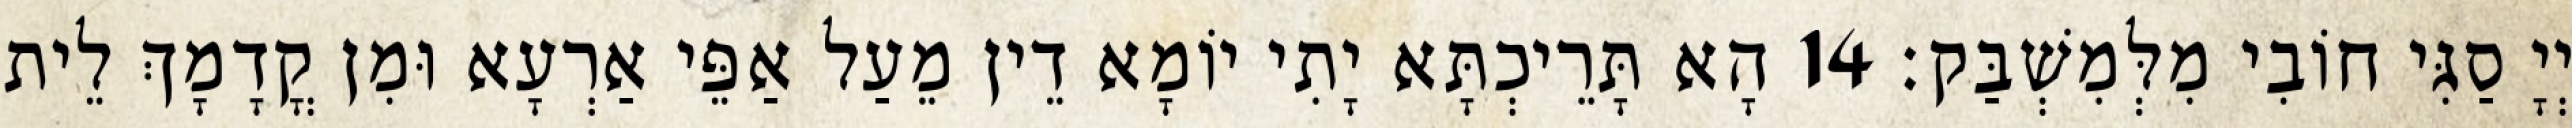
יְיָ סַגִּי חוֹבִי מִלְּמִשְׁבַּק׃ 14 הָא תָּרֵיכְתָּא יָתִי יוֹמָא דֵין מֵעַל אַפֵּי אַרְעָא וּמִן קֳדָמָךְ לֵית